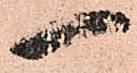
一